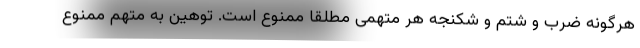
هرگونه ضرب و شتم و شکنجه هر متهمی مطلقا ممنوع است. توهین به متهم ممنوع